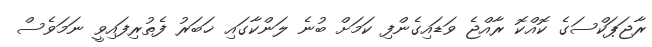
ރާޖަޕަކްސަގެ ކޮއްކޮ ރާއްޖެ ވަޑައިގެންފި ކަމަށް ބުނެ ލަންކާގައި ޚަބަރު ފެތުރިފައިވީ ނަމަވެސް